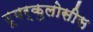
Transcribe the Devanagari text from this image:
टूबर्कुलोसीस